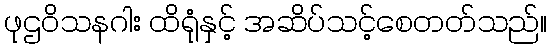
ဖုဌဝိသနဂါး ထိရုံနှင့် အဆိပ်သင့်စေတတ်သည်။